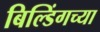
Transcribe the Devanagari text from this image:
बिल्डिंगच्या